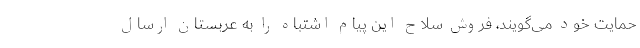
حمایت خود می‌گویند، فروش سلاح این پیام اشتباه را به عربستان ارسال